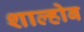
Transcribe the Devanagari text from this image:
शाल्होब